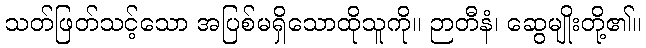
သတ်ဖြတ်သင့်သော အပြစ်မရှိသောထိုသူကို။ ဉာတီနံ၊ ဆွေမျိုးတို့၏။